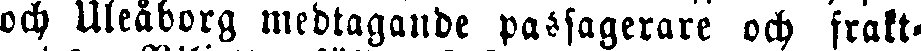
och Uleåborg medtagande passagerare och frakt-